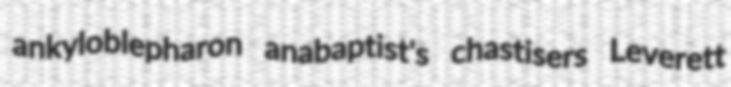
ankyloblepharon anabaptist's chastisers Leverett